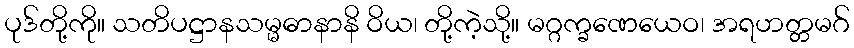
ပုဒ်တို့ကို။ သတိပဋ္ဌာနသမ္မဓာနာနိ ဝိယ၊ တို့ကဲ့သို့။ မဂ္ဂက္ခဏေယေဝ၊ အရဟတ္တမဂ်